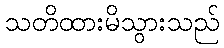
သတိထားမိသွားသည်